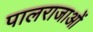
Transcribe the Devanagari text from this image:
पालराजाओं